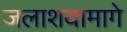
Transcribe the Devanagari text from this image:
जलाशयामागे